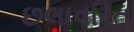
છલાવરિત